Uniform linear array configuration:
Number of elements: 12
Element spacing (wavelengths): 1
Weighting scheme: hann
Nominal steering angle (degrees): -15
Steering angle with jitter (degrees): -13.91
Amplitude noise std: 0.05
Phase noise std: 0.05

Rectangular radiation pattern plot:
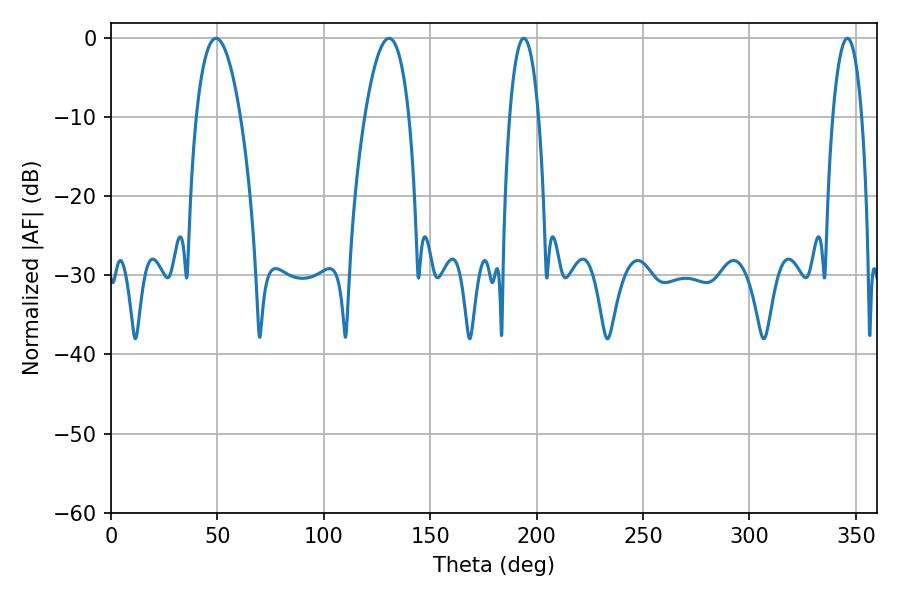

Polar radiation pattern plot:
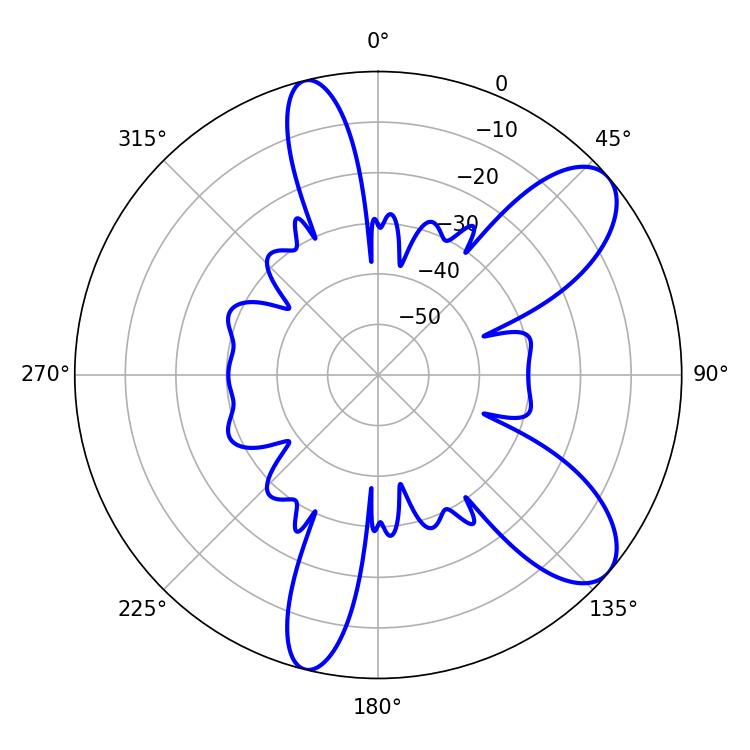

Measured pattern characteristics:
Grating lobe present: TRUE
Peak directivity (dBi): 8.888
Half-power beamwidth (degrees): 11.52
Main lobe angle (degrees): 49.32